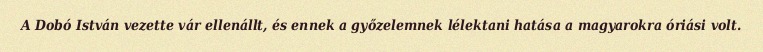
A Dobó István vezette vár ellenállt, és ennek a győzelemnek lélektani hatása a magyarokra óriási volt.